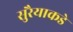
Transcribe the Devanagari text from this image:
सुरैयाकडे